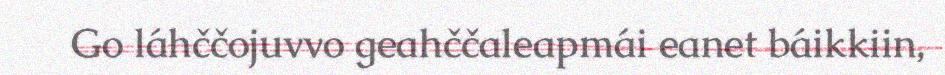
Go láhččojuvvo geahččaleapmái eanet báikkiin,